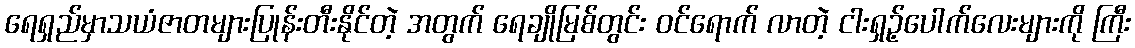
ရေရှည်မှာသယံဇာတများပြုန်းတီးနိုင်တဲ့ အတွက် ရေချိုမြစ်တွင်း ဝင်ရောက် လာတဲ့ ငါးရှဉ့်ပေါက်လေးများကို ကြီး